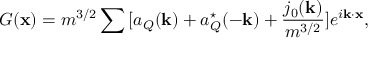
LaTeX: { \cal G } ( { \bf x } ) = m ^ { 3 / 2 } \sum { } [ a _ { Q } ( { \bf k } ) + a _ { Q } ^ { \star } ( - { \bf k } ) + \frac { j _ { 0 } ( { \bf k } ) } { m ^ { 3 / 2 } } ] e ^ { i { \bf k \cdot x } } ,